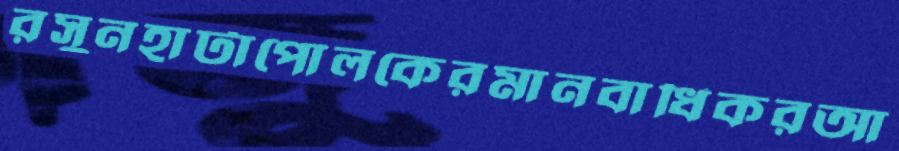
রসুনহাটাপোলকেরমানবাধিকরআ